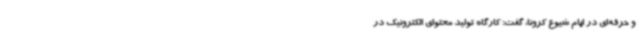
و حرفه‌ای در ایام شیوع کرونا، گفت: کارگاه تولید محتوای الکترونیک در